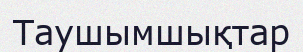
Таушымшықтар